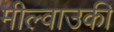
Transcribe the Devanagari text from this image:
मील्वाउकी